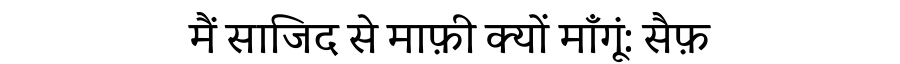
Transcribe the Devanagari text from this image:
मैं साजिद से माफ़ी क्यों माँगूं: सैफ़